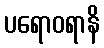
ပရောဝရာနိ